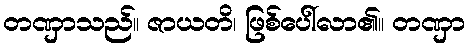
တဏှာသည်။ ဇာယတိ၊ ဖြစ်ပေါ်လာ၏။ တဏှာ